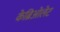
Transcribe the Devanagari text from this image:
केब्रिओलेट